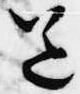
送